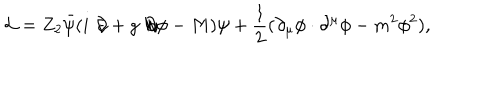
LaTeX: { \cal L } = Z _ { 2 } \bar { \psi } ( i \not \! \partial + g \not \! \partial \phi - M ) \psi + \frac { 1 } { 2 } ( \partial _ { \mu } \phi \cdot \partial ^ { \mu } \phi - m ^ { 2 } \phi ^ { 2 } ) ,